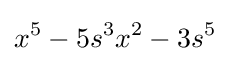
x^{5}-5s^{3}x^{2}-3s^{5}